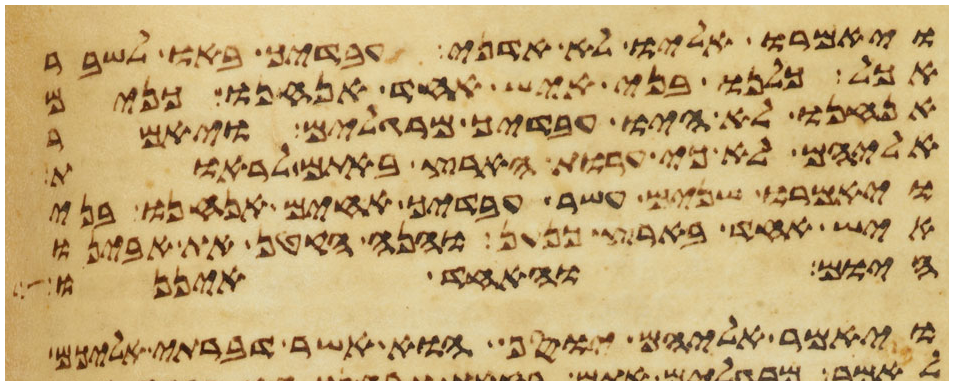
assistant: ויאמרו אליו לא אדני ועבדיך באו לשבר
אכל כלנו בני איש אחד אנחנו כנים
אנחנו לא היו עבדיך מרגלים ויאמר
אליהם לא כי ערות הארץ באתם לראות
ויאמרו שנים עשר עבדיך אחים אנחנו בני
איש אחד בארץ כנען והנה הקטן את אבינו
היום והאחד איננו
ויאמר אליהם יוסף הוא אשר דברתי אליכם